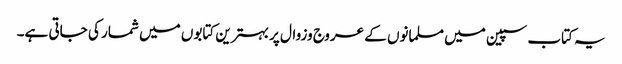
یہ کتاب سپین میں مسلمانوں کے عروج وزوال پر بہترین کتابوں میں شمار کی جاتی ہے۔